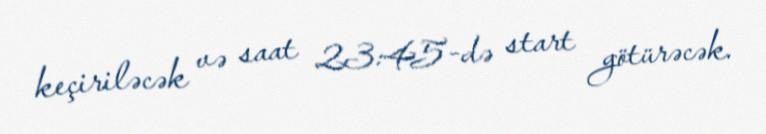
keçiriləcək və saat 23:45-də start götürəcək.